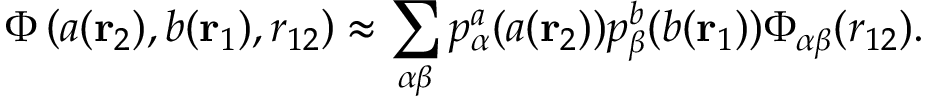
\Phi \left( a ( \mathbf { r } _ { 2 } ) , b ( \mathbf { r } _ { 1 } ) , r _ { 1 2 } \right) \approx \sum _ { \alpha \beta } p _ { \alpha } ^ { a } ( a ( \mathbf { r } _ { 2 } ) ) p _ { \beta } ^ { b } ( b ( \mathbf { r } _ { 1 } ) ) \Phi _ { \alpha \beta } ( r _ { 1 2 } ) .